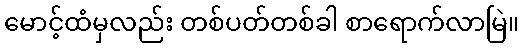
မောင့်ထံမှလည်း တစ်ပတ်တစ်ခါ စာရောက်လာမြဲ။